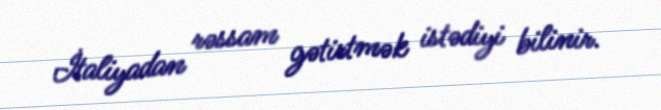
İtaliyadan rəssam gətirtmək istədiyi bilinir.